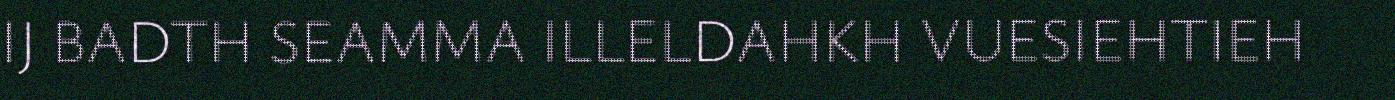
IJ BADTH SEAMMA ILLELDAHKH VUESIEHTIEH